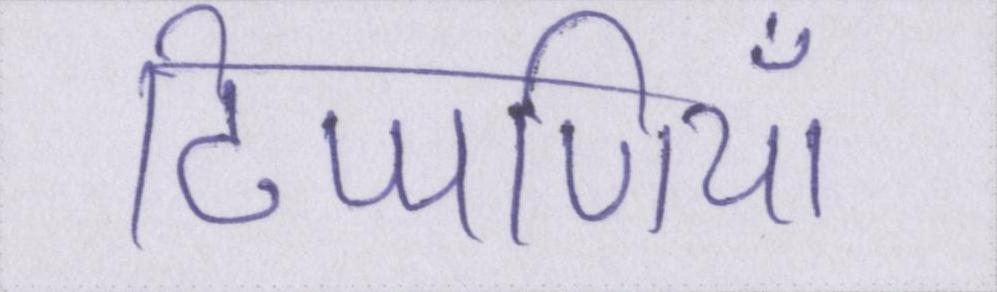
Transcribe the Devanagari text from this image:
टिप्पणियाँ